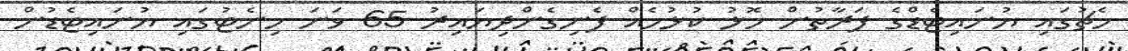
މެޗުގައި ޔުނައިޓެޑްގެ ފަރާތުން މޮޅު ކުޅުމެއް ފެނިގެންދިޔައިރު 65 ވަނަ މިނެޓުގައި ޔުނައިޓެޑުން